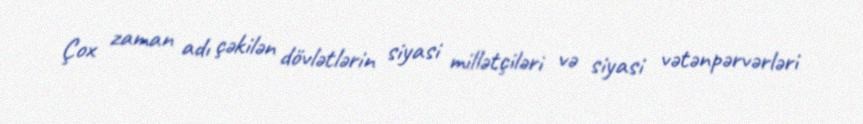
Çox zaman adı çəkilən dövlətlərin siyasi millətçiləri və siyasi vətənpərvərləri